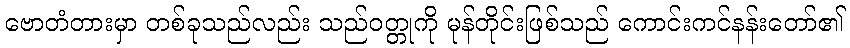
ဗောတံတားမှာ တစ်ခုသည်လည်း သည်ဝတ္တုကို မုန်တိုင်းဖြစ်သည် ကောင်းကင်နန်းတော်၏